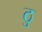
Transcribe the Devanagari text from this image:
ठु